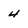
Character: 4